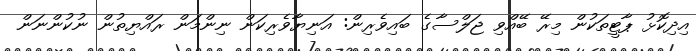
އިދިކޮޅު ޕާޓީތަކުން މިރޭ ބޭއްވި ޖަލްސާގެ ބައިވެރިން: އަނިޔާވެރިކަން ނިންމަން ރައްޔިތުން ނުކުންނަން